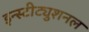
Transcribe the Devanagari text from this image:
इन्स्टीट्युशनल